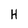
Character: H